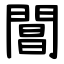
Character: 閶